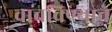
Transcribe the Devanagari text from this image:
वाचविण्याचे